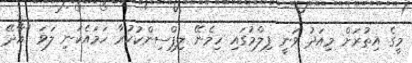
މީގެ އިތުރަށް މިއަދު ވަނީ ފިލްމުގައި ހިމެނޭ ލިޕްސިންކުކުރާ ހަމައެކަނި ލަވަ "އާދޭ